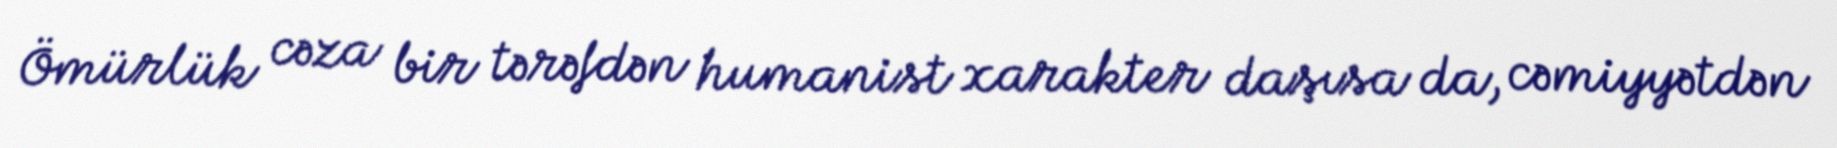
Ömürlük cəza bir tərəfdən humanist xarakter daşısa da, cəmiyyətdən